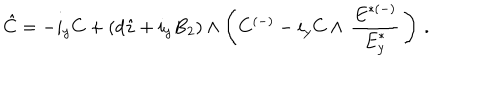
\hat { C } = - i _ { y } C + ( d \hat { z } + i _ { y } B _ { 2 } ) \wedge \left( C ^ { ( - ) } - i _ { y } C \wedge \, { \frac { { E } ^ { { * } ( - ) } } { { E } _ { y } ^ { { * } } } } \, \right) \, .